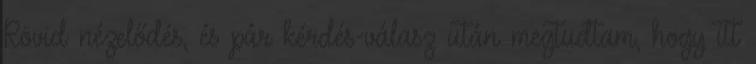
Rövid nézelődés, és pár kérdés-válasz után megtudtam, hogy itt